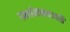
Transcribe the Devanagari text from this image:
गभर्धमात्वमजासि